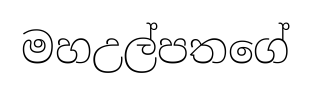
මහඋල්පතගේ